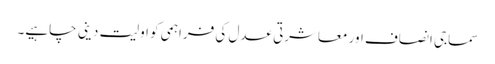
سماجی انصاف اور معاشرتی عدل کی فراہمی کو اولیت دینی چاہیے۔